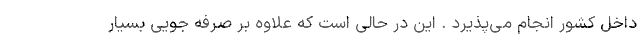
داخل کشور انجام می‌پذیرد . این در حالی است که علاوه بر صرفه جویی بسیار